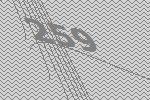
259